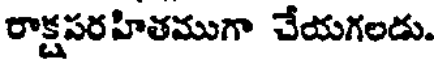
రాక్షపరహితముగా చేయగలడు.